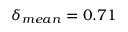
\delta _ { m e a n } = 0 . 7 1